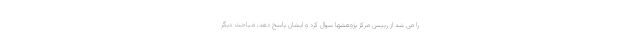
را می شد از رییس مرکز پژوهشها سوال کرد و ایشان پاسخ دهد، مباحث دیگر